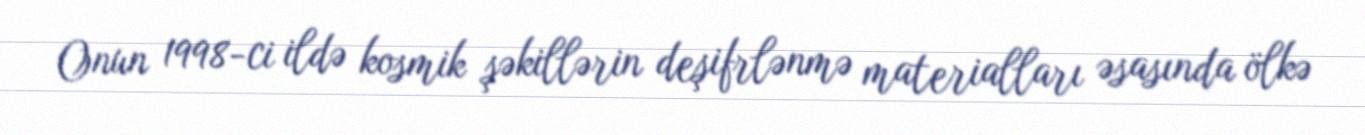
Onun 1998-ci ildə kosmik şəkillərin deşifrlənmə materialları əsasında ölkə